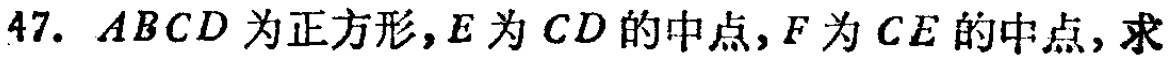
47. \(ABCD\)为正方形，\(E\)为\(CD\)的中点，\(F\)为\(CE\)的中点，求